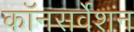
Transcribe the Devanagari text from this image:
कॉनसर्वेशन